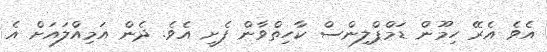
އެވެ އެރޭ ހިމޫން ޑަމްޕްލިންސް ކާހިތްވާން ފެށީ އެވެ. ދެން އަމިއްލައަށް އެ